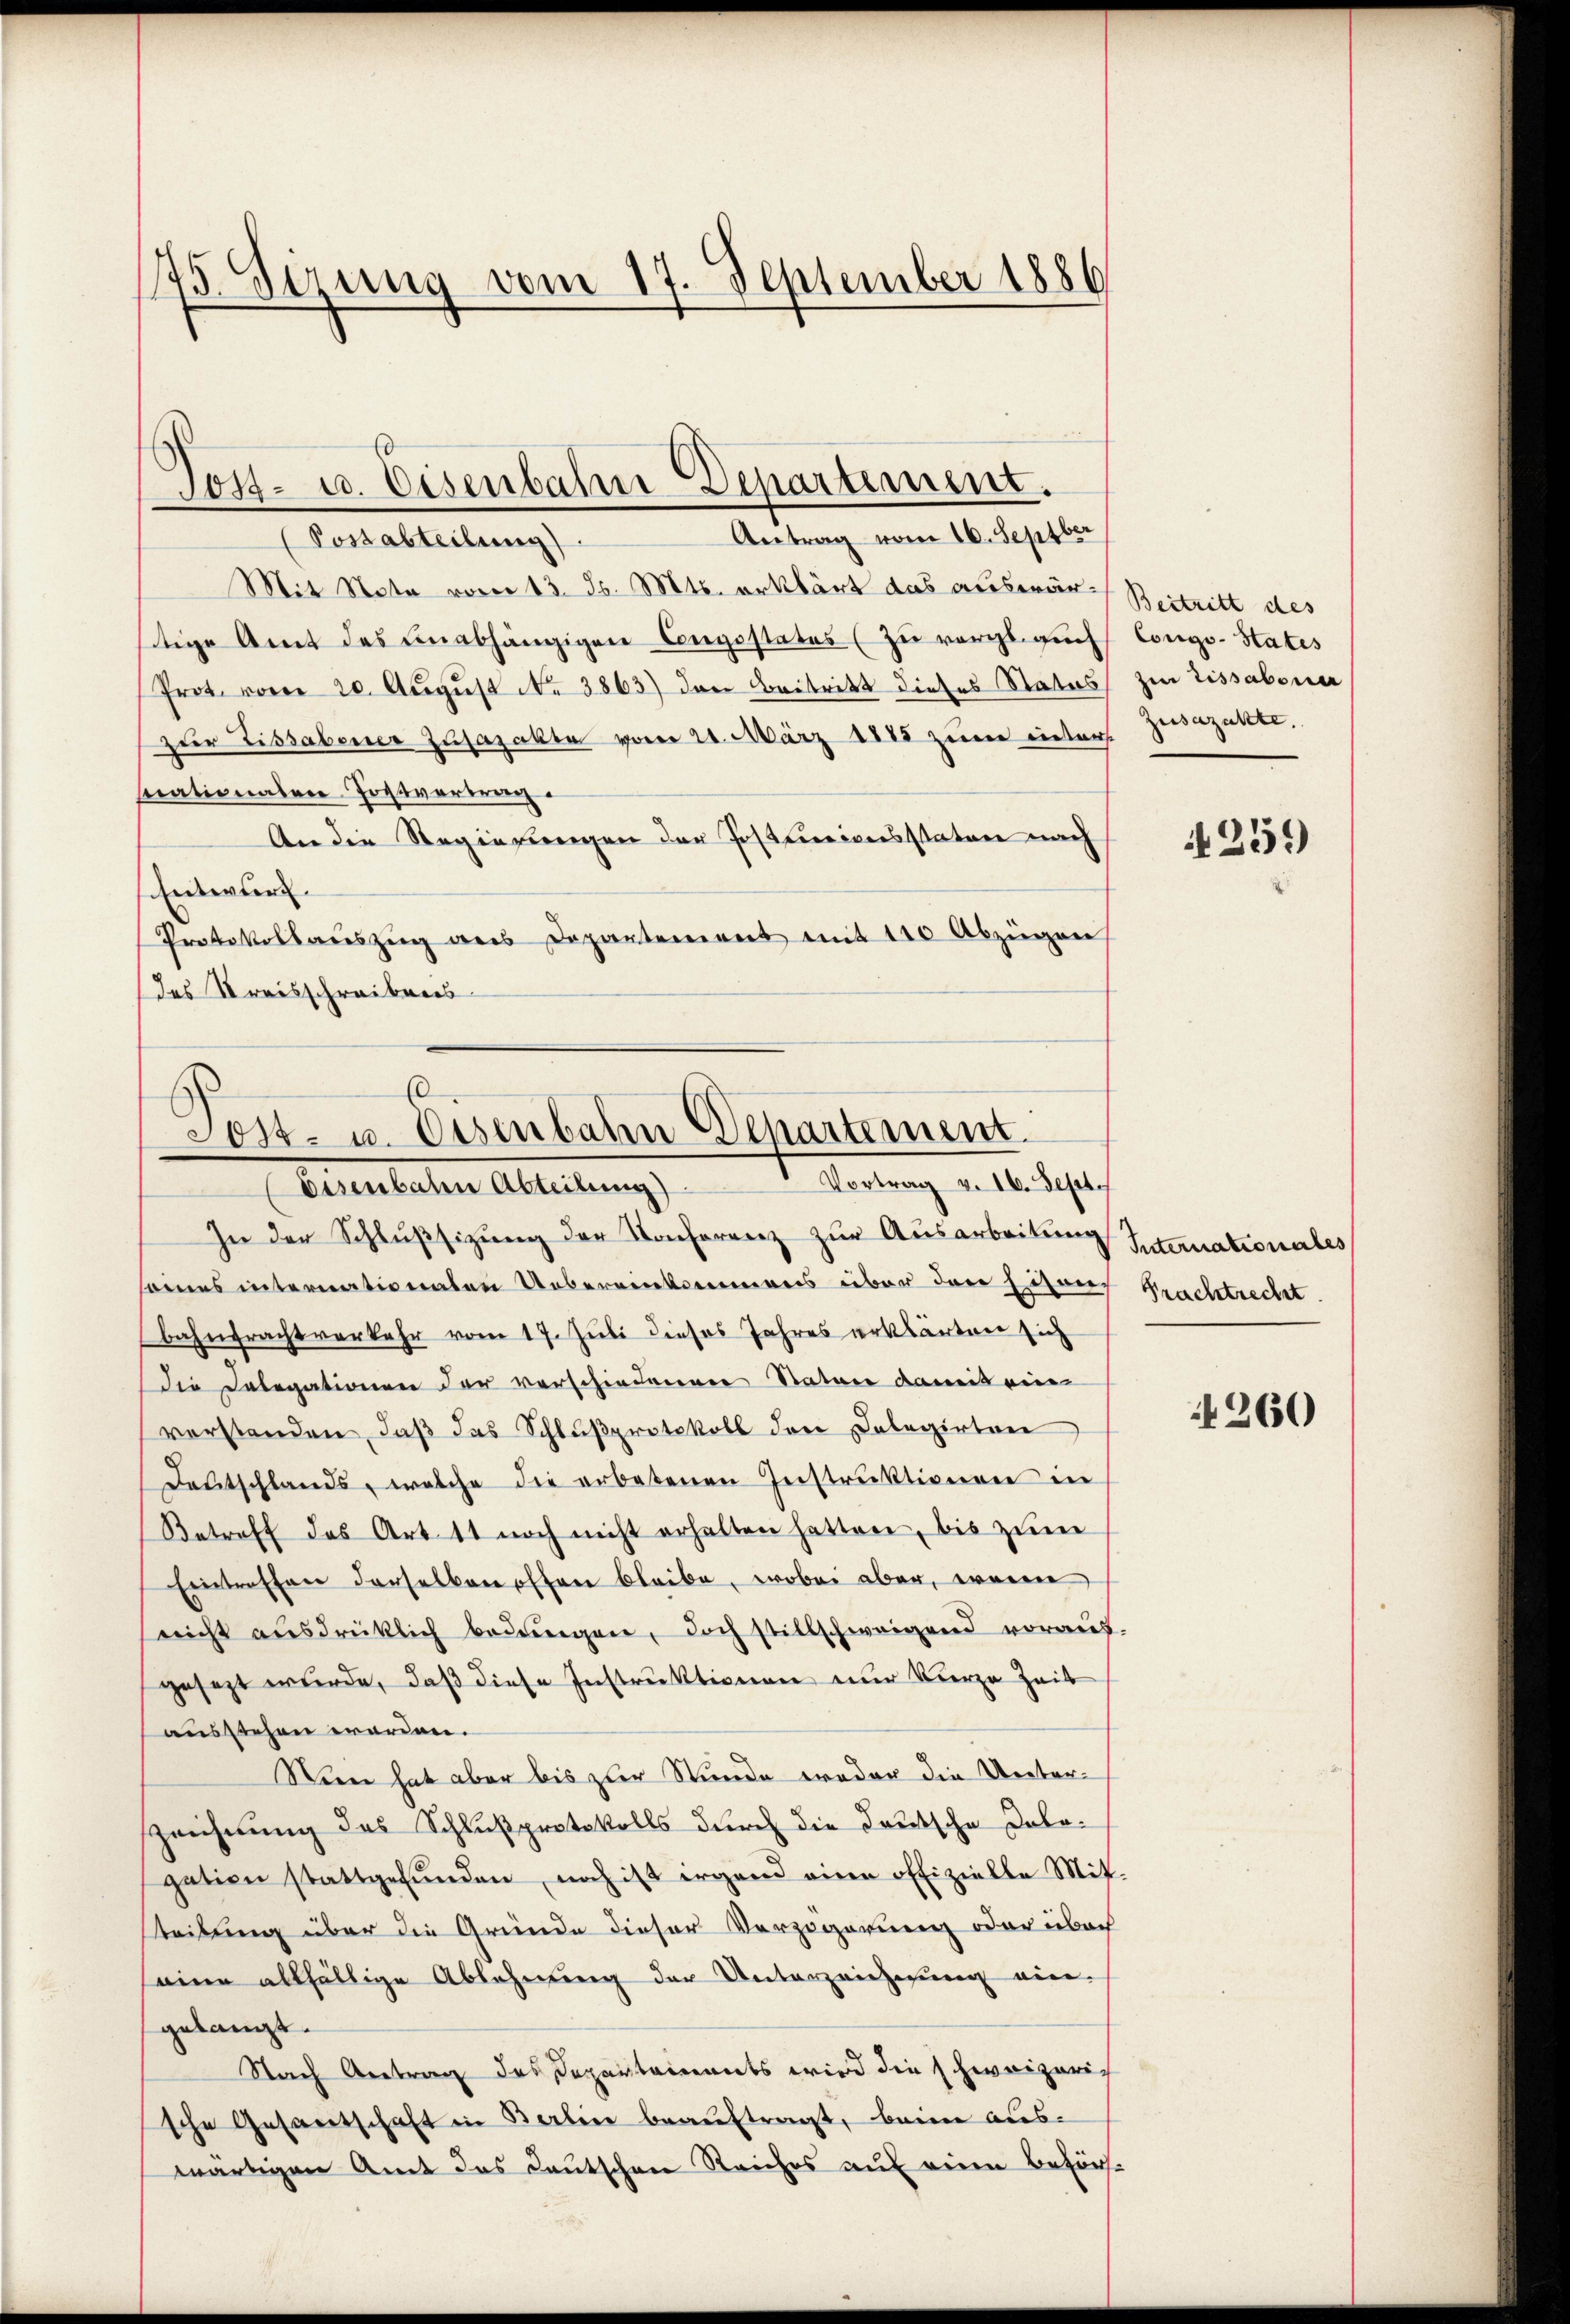
75. Sezung vom 17. September 1886

Antrag vom 16. Septber
(Postabteilung)
Mit Note vom 13. Js. Mts. erklärt das auswärtige Amt des unabhängigen Compostates (zu vergl. auch
Prot. vom 20. August No 3863) den Beitritt dieses Status
zur Tissabener Zusajakte vom 24. März 1885 zum inters
mationalen Postvertrag.
An die Regierungen der Postenzionsstaten nach
Entwurf.
Protokollaŭszŭg ans Departement mit 110 Abzügen
des Kreisschreibens

Tost- u. Eisenbahn Departement.

E
Post- u. Eisenbahn Departement.
Vortrag v. IV. Deser
Eisenbaten Abteilung)

In der Schlŭβsizŭng der Konferenz zur Ausarbeitung Internationales
seines internationaten Uebereinkommens über den hisors Prachtrecht.
bahntrachtverkehr vom 17. Juli dieses Jahres erklärten sich
Die Delegationen der verschiedenener Stature damit eine
verstanden, daß das Schlußprotokoll den Delegirtere
Deutschlands, welche die erbotenen Instruktionen in
Betreff des Art. 11 noch nicht erhalten hatten, bis zŭm
Eintreffen derselben offen bleibe, wobei aber, wenn
neicht aŭsdrücklich bedungen, doch stillschweigend voraus-
gesezt wurde, daβ diese Instruktionen nur kurze Zeit
ausstehen worden.
Nein hat aber bis zur Stunde weder die Unter¬
Zeichnung des Schlußprotokolls durch die Teutsche Dologation stattgefŭnden noch ist irgend eine offizielle Mit-
steilung über die Gründe dieser Verzögerung oder überh
seine allfältige Ablehnung der Unterzeichnung ein-
gelangt.
Nach Antrag des Separtaments wird die schweizerische Gesantschaft in Berlin beauftragt, beim aus-
wärtigen Amt das Lautschen Reiches auf einen Beför¬

Beitritt des
Congs- States
zur Lissabona
Zusazukte.

1259)

260